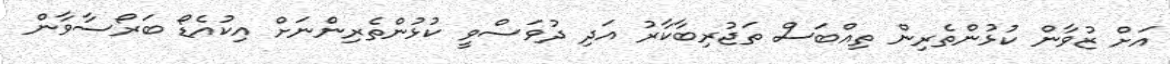
އަށް ޒުވާން ކުޅުންތެރިން ތިއްބަސް ތަޖުރިބާކާރު އަދި ދުވަސްވީ ކުޅުންތެރިންނަށް އިކުއެޑޯ ބަރޯސާވާން